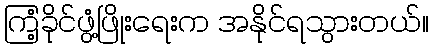
ကြံ့ခိုင်ဖွံ့ဖြိုးရေးက အနိုင်ရသွားတယ်။